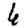
Digit: 6